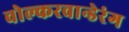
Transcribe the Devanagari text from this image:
वोल्करवान्डेरंग